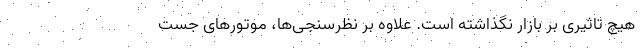
هیچ تاثیری بر بازار نگذاشته است. علاوه بر نظرسنجی‌ها، موتورهای جست